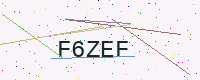
Text: F6ZEF